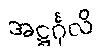
အဋ္ဌင်္ဂုလိ